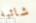
شائبة